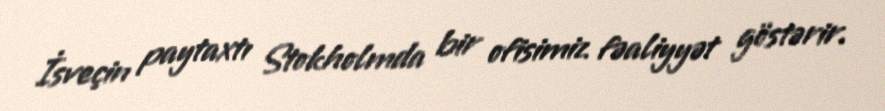
İsveçin paytaxtı Stokholmda bir ofisimiz fəaliyyət göstərir.